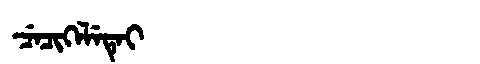
Manchu: ᠴᡝᠴᡳᡴᡝᠯᡝᡨᡝᡳ
Romanization: CECIKELETEI